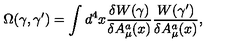
\Omega ( \gamma , \gamma ^ { \prime } ) = \int d ^ { 4 } x \frac { \delta W ( \gamma ) } { \delta A _ { \mu } ^ { a } ( x ) } \frac { W ( \gamma ^ { \prime } ) } { \delta A _ { \mu } ^ { a } ( x ) } ,